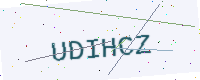
Text: UDIHCZ